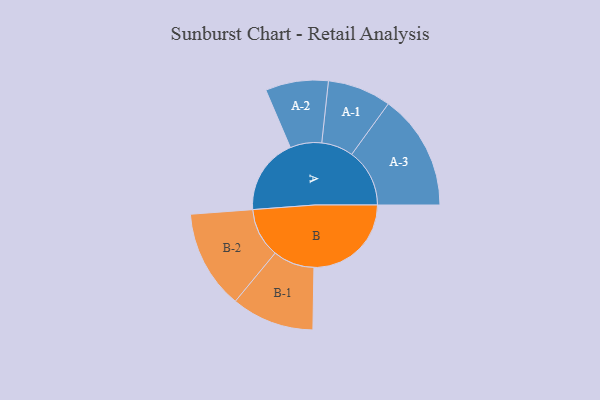
{"axis": {"x": "Segment", "y": "Value"}, "legend": ["", "A", "B"], "data": [{"x": "A", "y": 368, "type": ""}, {"x": "B", "y": 471, "type": ""}, {"x": "A-1", "y": 154, "type": "A"}, {"x": "A-2", "y": 152, "type": "A"}, {"x": "A-3", "y": 280, "type": "A"}, {"x": "B-1", "y": 200, "type": "B"}, {"x": "B-2", "y": 239, "type": "B"}]}